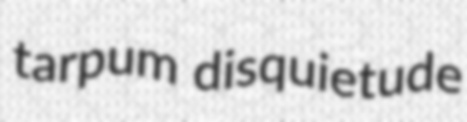
tarpum disquietude